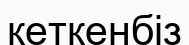
кеткенбіз